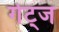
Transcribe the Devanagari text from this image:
गेट्ज